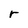
Character: r